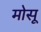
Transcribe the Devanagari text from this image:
मोसू